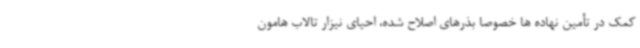
کمک در تأمین نهاده ها خصوصا بذرهای اصلاح شده، احیای نیزار تالاب هامون